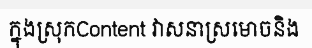
ក្នុងស្រុកContent វាសនាស្រមោចនិង